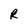
Character: R